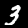
Label: 3